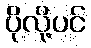
ပိုလို့ပင်